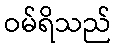
ဝမ်ရိသည်